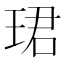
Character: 珺